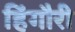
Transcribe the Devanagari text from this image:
हिंगौरी